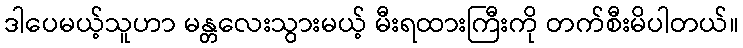
ဒါပေမယ့်သူဟာ မန္တလေးသွားမယ့် မီးရထားကြီးကို တက်စီးမိပါတယ်။